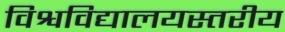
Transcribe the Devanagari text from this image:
विश्वविद्यालयस्तरीय